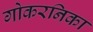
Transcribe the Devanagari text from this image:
गोकरनिका